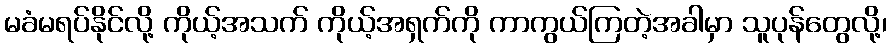
မခံမရပ်နိုင်လို့ ကိုယ့်အသက် ကိုယ့်အရှက်ကို ကာကွယ်ကြတဲ့အခါမှာ သူပုန်တွေလို့၊